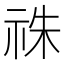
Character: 祩